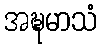
အဍ္ဎမာသံ